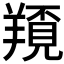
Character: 𦏀